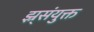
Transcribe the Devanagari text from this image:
झ्र्संयुक्त